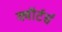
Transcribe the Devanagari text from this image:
क्वॉर्टर्स